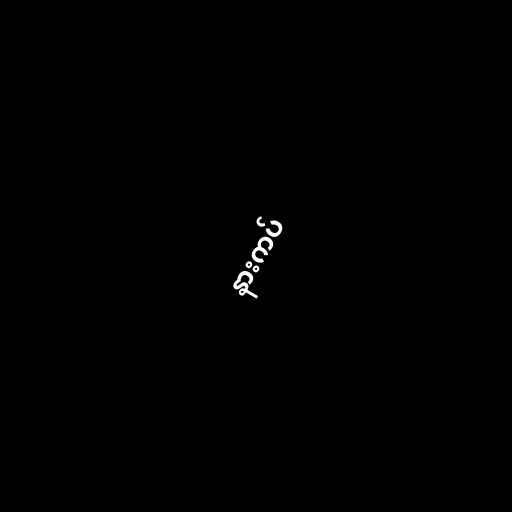
နားကပ်